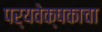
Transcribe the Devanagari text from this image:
पर्यवेक्षकाचा